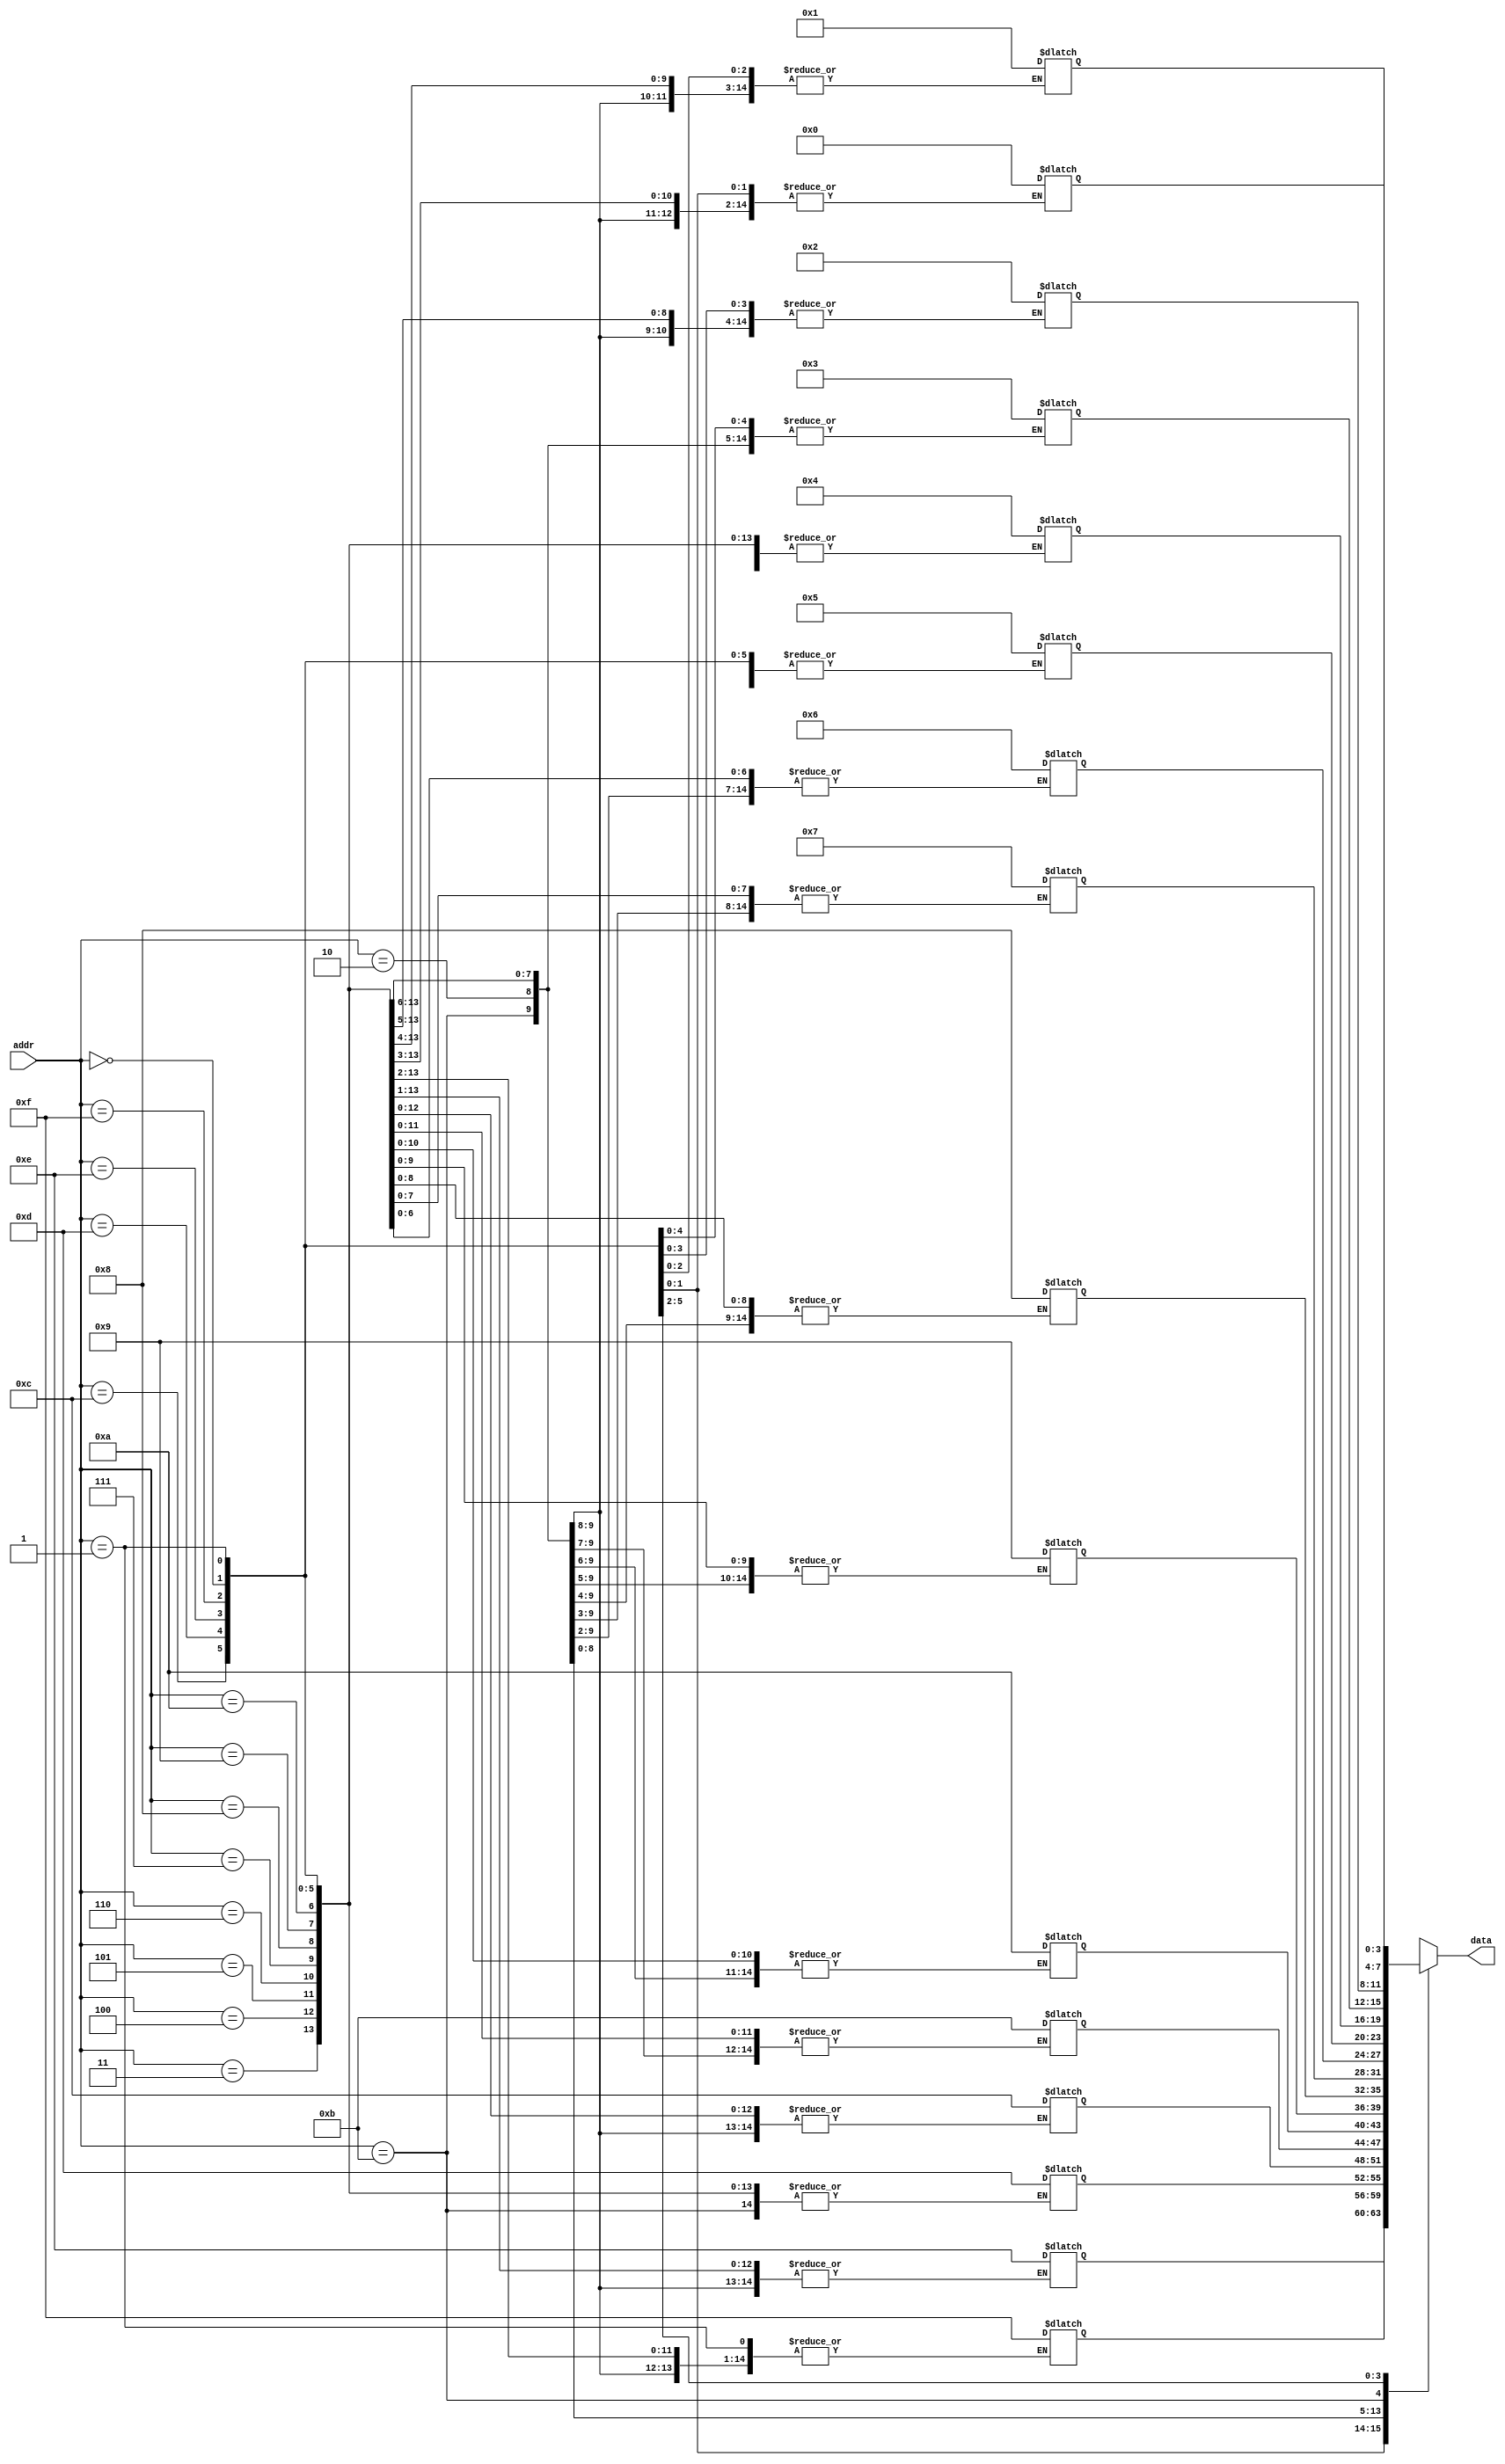
`timescale 1ns / 1ps
//////////////////////////////////////////////////////////////////////////////////
// Company: 
// Engineer: 
// 
// Design Name: 
// Module Name: lut
// Project Name: 
// Target Devices: 
// Tool Versions: 
// Description: 
// 
// Dependencies: 
// 
// Revision:
// Revision 0.01 - File Created
// Additional Comments:
// 
//////////////////////////////////////////////////////////////////////////////////


module lut(output[3:0] data,
           input[3:0] addr );
           
    reg [3:0] memory [0:15];
    always @*
    case(addr)
0:memory[0]  = 4'b1111;
1:memory[1]  = 4'b1110;
2:memory[2]  = 4'b1101;
3:memory[3]  = 4'b1100;
4:memory[4]  = 4'b1011;
5:memory[5]  = 4'b1010;
6:memory[6]  = 4'b1001;
7:memory[7]  = 4'b1000;
8:memory[8]  = 4'b0111;
9:memory[9]  = 4'b0110;
10:memory[10] = 4'b0101;
11:memory[11] = 4'b0100;
12:memory[12] = 4'b0011;
13:memory[13] = 4'b0010;
14:memory[14] = 4'b0001;
15:memory[15] = 4'b0000;
endcase
assign data=memory[addr];   
endmodule